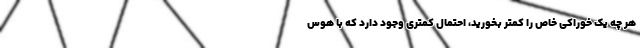
هر چه یک خوراکی خاص را کمتر بخورید، احتمال کمتری وجود دارد که با هوس